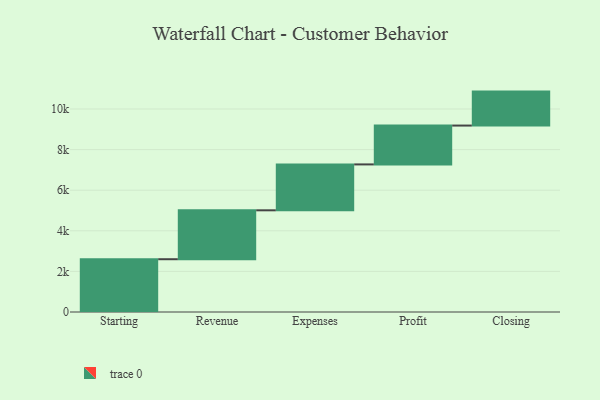
{"axis": {"x": "Step", "y": "Value"}, "legend": [""], "data": [{"x": "Starting", "y": 2600.0, "type": ""}, {"x": "Revenue", "y": 2410.0, "type": ""}, {"x": "Expenses", "y": 2261.0, "type": ""}, {"x": "Profit", "y": 1914.0, "type": ""}, {"x": "Closing", "y": 1673.0, "type": ""}]}